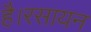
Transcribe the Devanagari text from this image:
है।रसायन